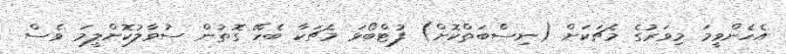
އެހެންވީމަ މިވަރުގެ މެޗަކަށް (ނިސްބަތްކޮށް) ފުޓްބޯޅަ މެޗަކާ ބެހޭ ގޮތުން ސުވާލުކޮށްލީމަ ވެސް